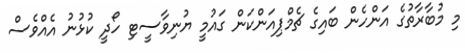
މި މުބާރާތުގެ އަންހެން ބައިގެ ޗެމްޕިއަންކަން ގައުމީ ޔުނިވާސީޓި ހޯދީ ކުޅުނު އެއްވެސް